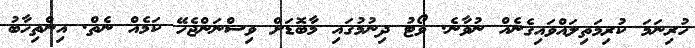
ހުރިނަމަ ކުރިމަތިލައްވައިގެނެއް ނުވާނެ. ވޯޓު ދިނުމުގައި މާބޮޑަށް ވިސްނަންޖެހޭ ކަމެއް ނެތް. އިންތިހާބު